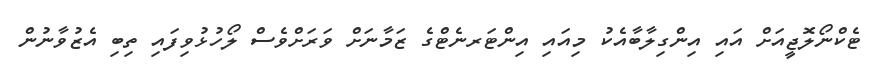
ޓެކްނޯލޮޖީއަށް އައި އިންގިލާބާއެކު މިއައި އިންޓަރނެޓްގެ ޒަމާނަށް ވަރަށްވެސް ލޯހުޅުވިފައި ތިބި އެޒުވާނުން